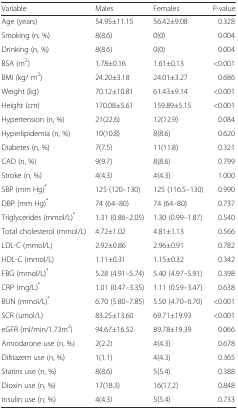
<table><thead><tr><td><b>Variable</b></td><td><b>Males</b></td><td><b>Females</b></td><td><b><i>P</i>-value</b></td></tr></thead><tbody><tr><td>Age (years)</td><td>54.95±11.15</td><td>56.42±9.08</td><td>0.328</td></tr><tr><td>Smoking (n, %)</td><td>8(8.6)</td><td>0(0)</td><td>0.004</td></tr><tr><td>Drinking (n, %)</td><td>8(8.6)</td><td>0(0)</td><td>0.004</td></tr><tr><td>BSA (m<sup>2</sup>)</td><td>1.78±0.16</td><td>1.61±0.13</td><td>&lt;0.001</td></tr><tr><td>BMI (kg/ m<sup>2</sup>)</td><td>24.20±3.18</td><td>24.01±3.27</td><td>0.686</td></tr><tr><td>Weight (kg)</td><td>70.12±10.81</td><td>61.43±9.14</td><td>&lt;0.001</td></tr><tr><td>Height (cm)</td><td>170.08±5.61</td><td>159.89±5.15</td><td>&lt;0.001</td></tr><tr><td>Hypertension (n, %)</td><td>21(22.6)</td><td>12(12.9)</td><td>0.084</td></tr><tr><td>Hyperlipidemia (n, %)</td><td>10(10.8)</td><td>8(8.6)</td><td>0.620</td></tr><tr><td>Diabetes (n, %)</td><td>7(7.5)</td><td>11(11.8)</td><td>0.321</td></tr><tr><td>CAD (n, %)</td><td>9(9.7)</td><td>8(8.6)</td><td>0.799</td></tr><tr><td>Stroke (n, %)</td><td>4(4.3)</td><td>4(4.3)</td><td>1.000</td></tr><tr><td>SBP (mm Hg)<sup>*</sup></td><td>125 (120–130)</td><td>125 (116.5–130)</td><td>0.990</td></tr><tr><td>DBP (mm Hg)<sup>*</sup></td><td>74 (64–80)</td><td>74 (64–80)</td><td>0.737</td></tr><tr><td>Triglycerides (mmol/L)<sup>*</sup></td><td>1.31 (0.86–2.05)</td><td>1.30 (0.99–1.87)</td><td>0.540</td></tr><tr><td>Total cholesterol (mmol/L)</td><td>4.72±1.02</td><td>4.81±1.13</td><td>0.566</td></tr><tr><td>LDL-C (mmol/L)</td><td>2.92±0.86</td><td>2.96±0.91</td><td>0.782</td></tr><tr><td>HDL-C (mmol/L)</td><td>1.11±0.31</td><td>1.15±0.32</td><td>0.342</td></tr><tr><td>FBG (mmol/L)<sup>*</sup></td><td>5.28 (4.91–5.74)</td><td>5.40 (4.97–5.91)</td><td>0.398</td></tr><tr><td>CRP (mg/L)<sup>*</sup></td><td>1.01 (0.47–3.35)</td><td>1.11 (0.59–3.47)</td><td>0.638</td></tr><tr><td>BUN (mmol/L)<sup>*</sup></td><td>6.70 (5.80–7.85)</td><td>5.50 (4.70–6.70)</td><td>&lt;0.001</td></tr><tr><td>SCR (umol/L)</td><td>83.25±13.60</td><td>69.71±19.93</td><td>&lt;0.001</td></tr><tr><td>eGFR (ml/min/1.73m<sup>2</sup>)</td><td>94.67±16.52</td><td>89.78±19.39</td><td>0.066</td></tr><tr><td>Amiodarone use (n, %)</td><td>2(2.2)</td><td>4(4.3)</td><td>0.678</td></tr><tr><td>Diltiazem use (n, %)</td><td>1(1.1)</td><td>4(4.3)</td><td>0.365</td></tr><tr><td>Statins use (n, %)</td><td>8(8.6)</td><td>5(5.4)</td><td>0.388</td></tr><tr><td>Dioxin use (n, %)</td><td>17(18.3)</td><td>16(17.2)</td><td>0.848</td></tr><tr><td>Insulin use (n, %)</td><td>4(4.3)</td><td>5(5.4)</td><td>0.733</td></tr></tbody></table>